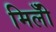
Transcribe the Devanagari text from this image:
मिलीँ